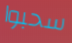
سحبوا